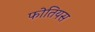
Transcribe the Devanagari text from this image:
फोतियस